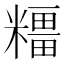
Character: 𥼦